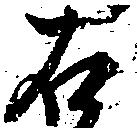
右